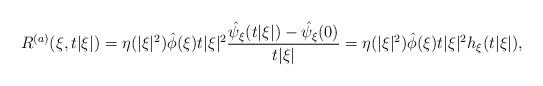
LaTeX: \begin{align*} R^{(a)}(\xi, t|\xi|) = \eta(|\xi|^2) \hat{\phi} (\xi) t|\xi|^2 \frac{\hat{\psi}_\xi(t|\xi|)-\hat{\psi}_\xi(0)}{t|\xi|} = \eta(|\xi|^2)\hat{\phi} (\xi) t|\xi|^2 h_\xi( t|\xi|),\end{align*}